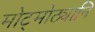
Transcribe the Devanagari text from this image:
मोट्मोठ्यानि